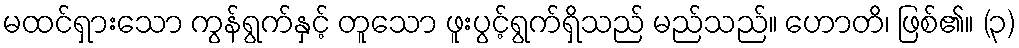
မထင်ရှားသော ကွန်ရွက်နှင့် တူသော ဖူးပွင့်ရွက်ရှိသည် မည်သည်။ ဟောတိ၊ ဖြစ်၏။ (၃)